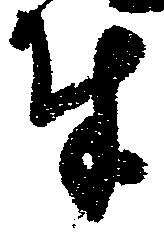
奉